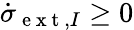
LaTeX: \dot{\sigma}_{\mathrm{~e~x~t~},I}\ge 0